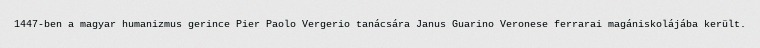
1447-ben a magyar humanizmus gerince Pier Paolo Vergerio tanácsára Janus Guarino Veronese ferrarai magániskolájába került.